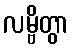
လမ္ဗိတွာ